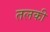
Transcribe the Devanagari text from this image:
तलकी